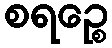
စရဉ္စေ